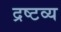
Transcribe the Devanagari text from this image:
द्रष्‍टव्‍य